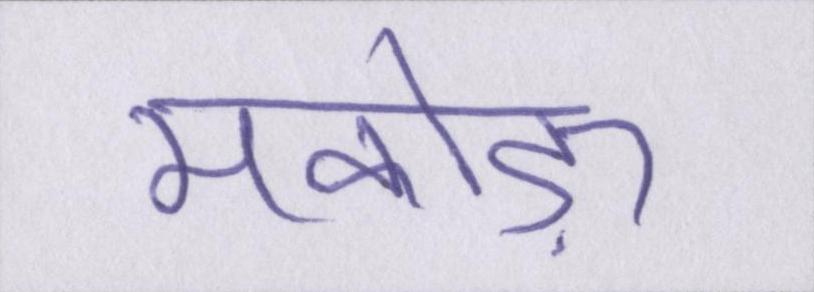
मकोड़ा